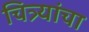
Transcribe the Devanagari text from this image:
चित्र्यांचा